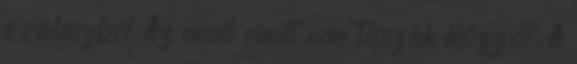
a válaszból Az email címet nem tesszük közzé. A